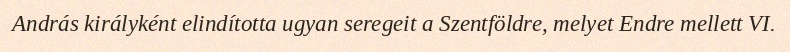
András királyként elindította ugyan seregeit a Szentföldre, melyet Endre mellett VI.